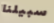
سبيلنا